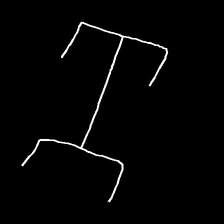
Glyph: entwine